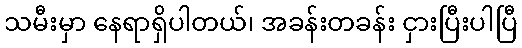
သမီးမှာ နေရာရှိပါတယ်၊ အခန်းတခန်း ငှားပြီးပါပြီ